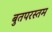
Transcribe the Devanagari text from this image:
बुतपरस्तम